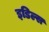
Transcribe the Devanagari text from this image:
इडिल्स